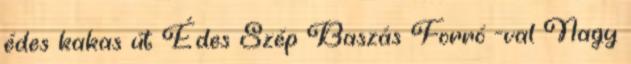
édes kakas út Édes Szép Baszás Forró -val Nagy